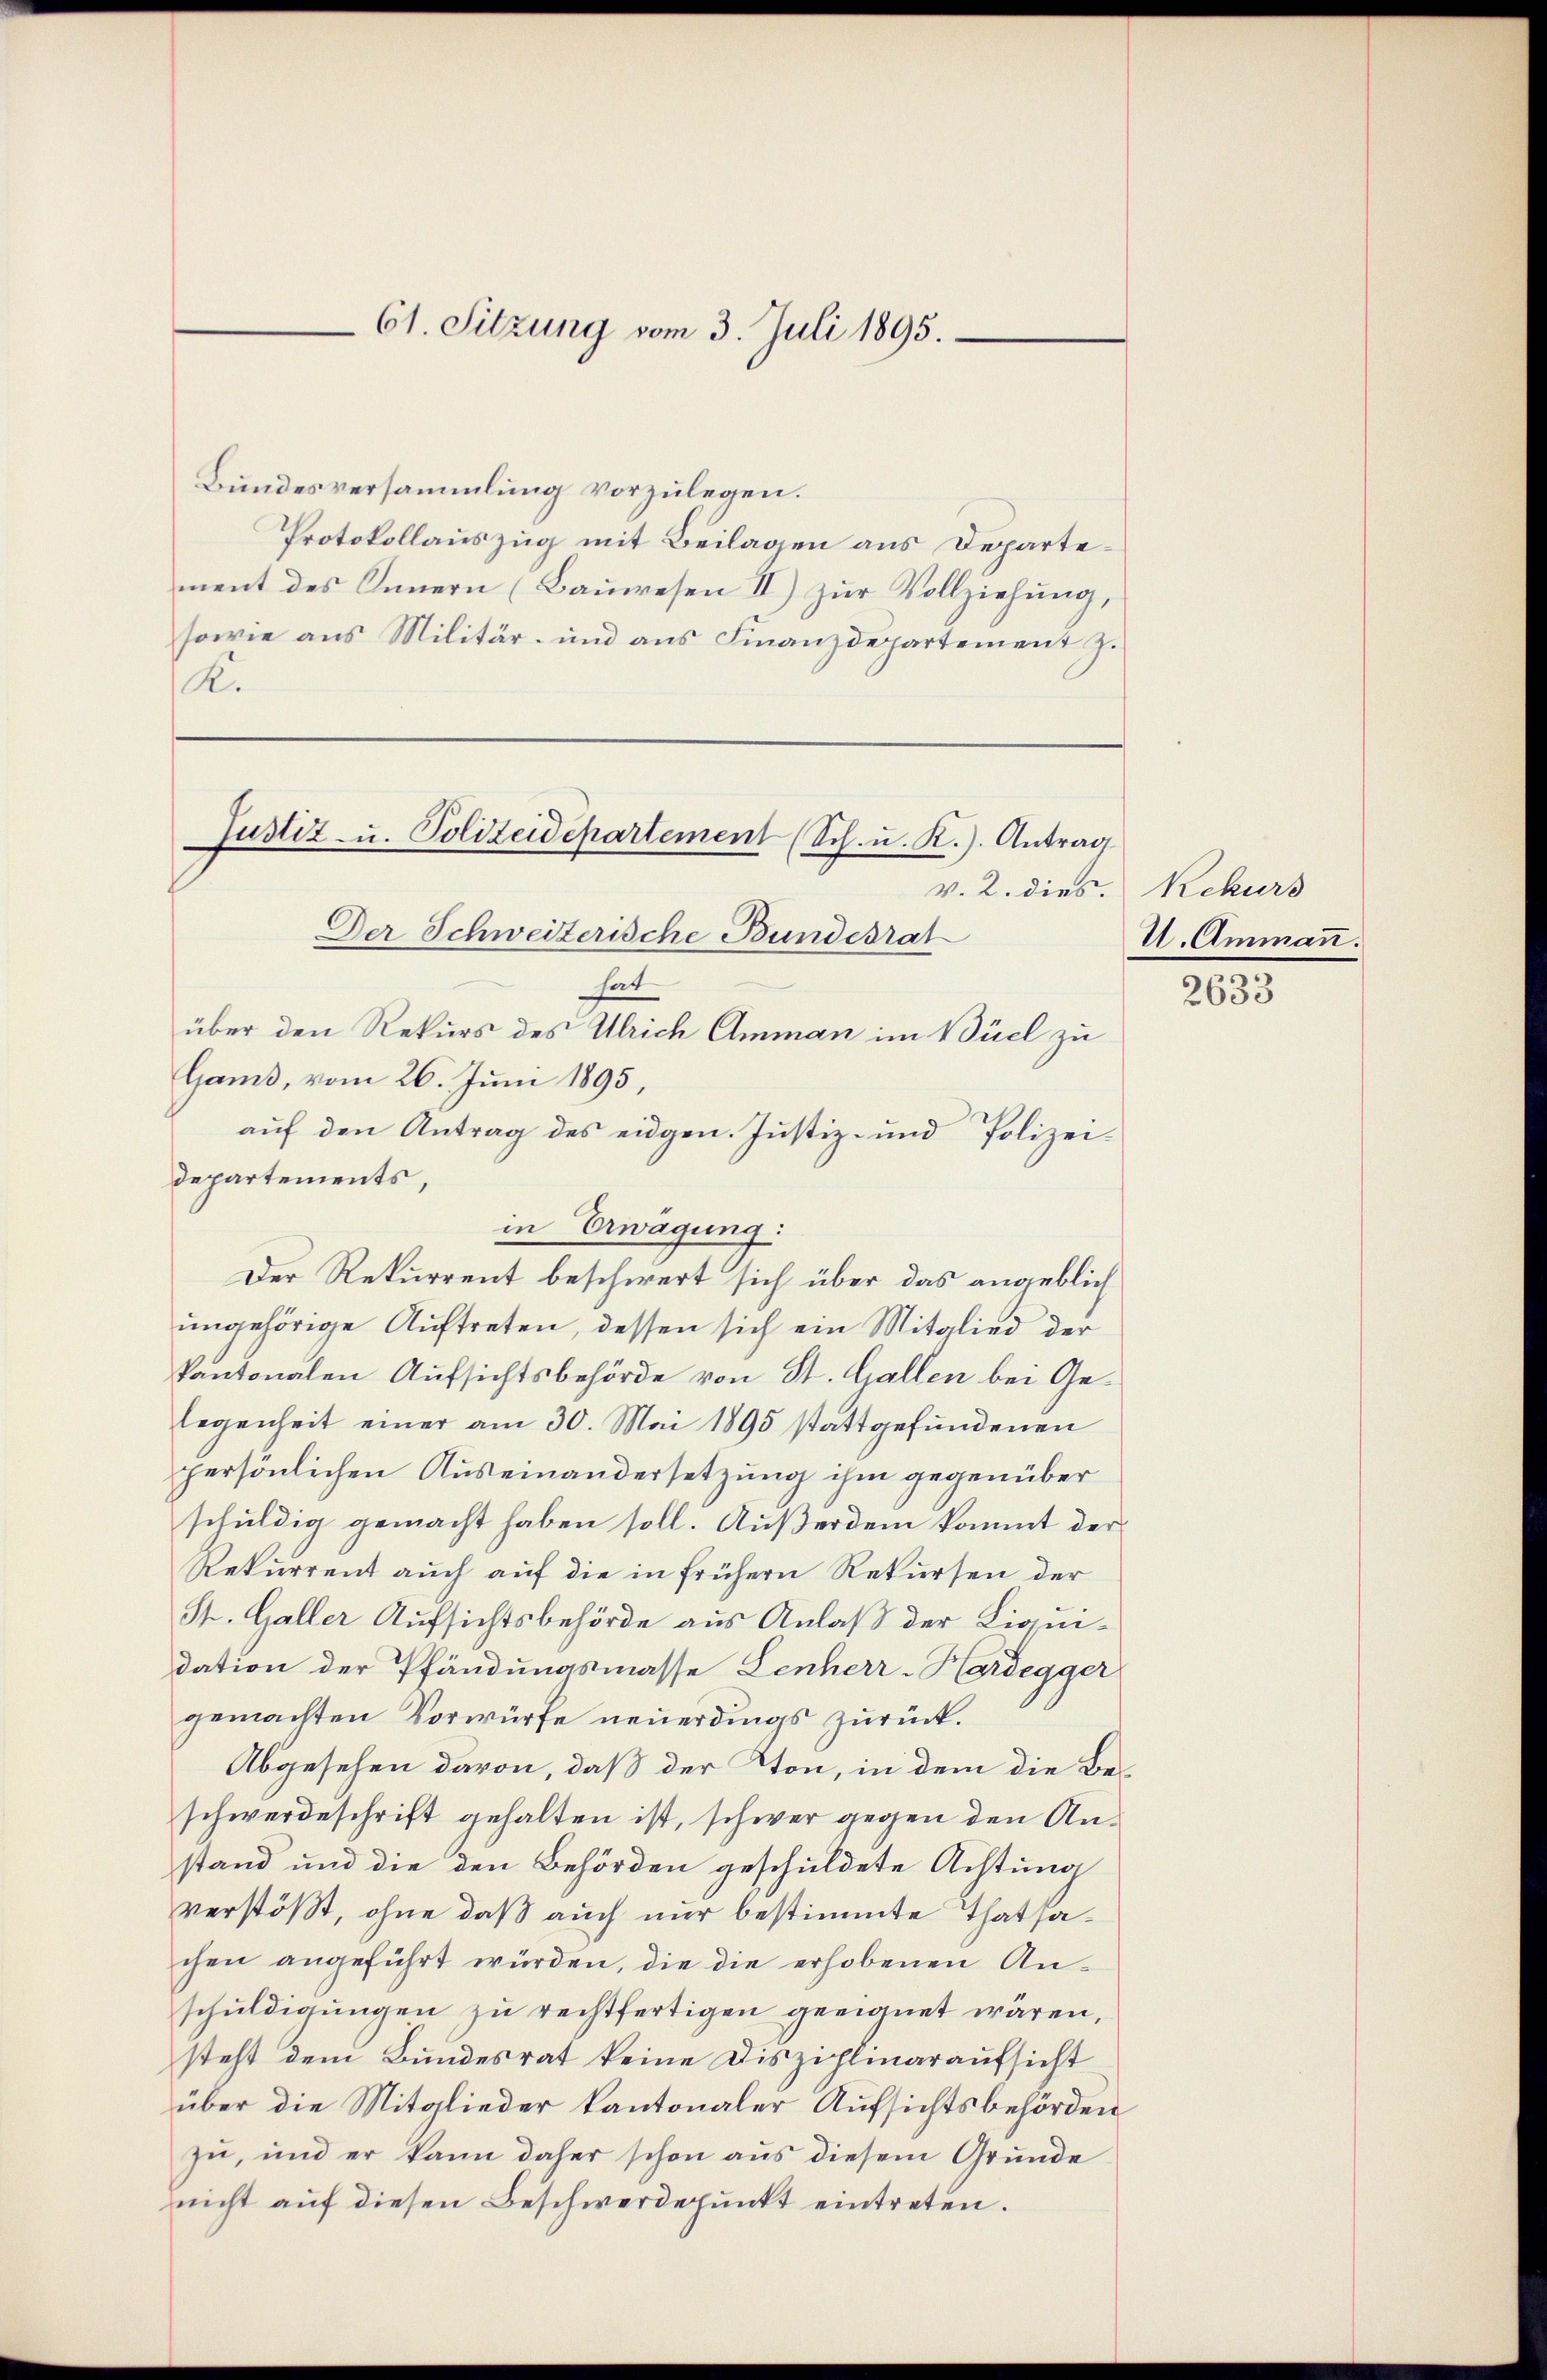
61. Sitzung vom 3. Juli 1895.

Bundesversammlung vorzulegen.
Protokollauszug mit Beilagen aus Departement des Innern (Bauwesen II) zur Vollziehung,
sowie aus Militär- und aus Finanzdepartement z.
K.

Justiz- u. Polizeidepartement (Sch. u. K.). Antrag

v. 2. dies.
Der Schweizerische Bundesrat
hat
über den Rekurs des Ulrich Amman im Büel zu
Gams, vom 26. Juni 1895,
auf den Antrag des eidgen. Justiz- und Polizei-
departements,
in Erwägung:
Der Rekurrent beschwert sich über das angeblich
ungehörige Auftreten, dessen sich ein Mitglied der
kantonalen Aufsichtsbehörde von St. Gallen bei Gelegenheit einer am 30. Mai 1895 stattgefundenen
persönlichen Auseinandersetzung ihm gegenüber
schuldig gemacht haben soll. Außerdem kommt der
Rekurrent auch auf die in frühern Rekursen der
St. Galler Aufsichtsbehörde aus Anlaß der Liquidation der Pfändungsmasse Lenherr-Hardegger
gemachten Vorwürfe neuerdings zurück.
Abgesehen davon, daß der Ton, in dem die Beschwerdeschrift gehalten ist, schwer gegen den Anstand und die den Behörden geschuldete Achtung
verstößt, ohne daß auch nur bestimmte Thatsachen angeführt würden, die die erhobenen Anschuldigungen zu rechtfertigen geeignet wären,
steht dem Bundesrat keine Disziplinaraufsicht
über die Mitglieder kantonaler Aufsichtsbehörden
zu, und er kann daher schon aus diesem Grunde
nicht auf diesen Beschwerdepunkt eintreten.

Rekurs
U. Ammann.

2633